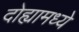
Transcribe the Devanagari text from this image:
दोह्यामध्ये